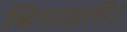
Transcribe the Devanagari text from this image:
बिगाड़ती।